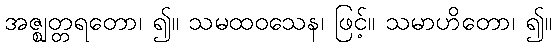
အဇ္ဈတ္တရတော၊ ၍။ သမထဝသေန၊ ဖြင့်။ သမာဟိတော၊ ၍။